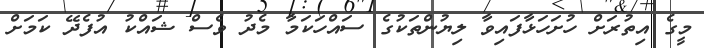
މީގެ އިތުރަށް ހުށަހަޅާފައިވާ ލިޔުންތަކުގެ ސައްހަކަމާ މެދު ވެސް ޝައްކު އުފެދޭ ކަަމަށް